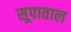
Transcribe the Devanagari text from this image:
सूपाताल